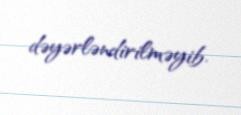
dəyərləndirilməyib.